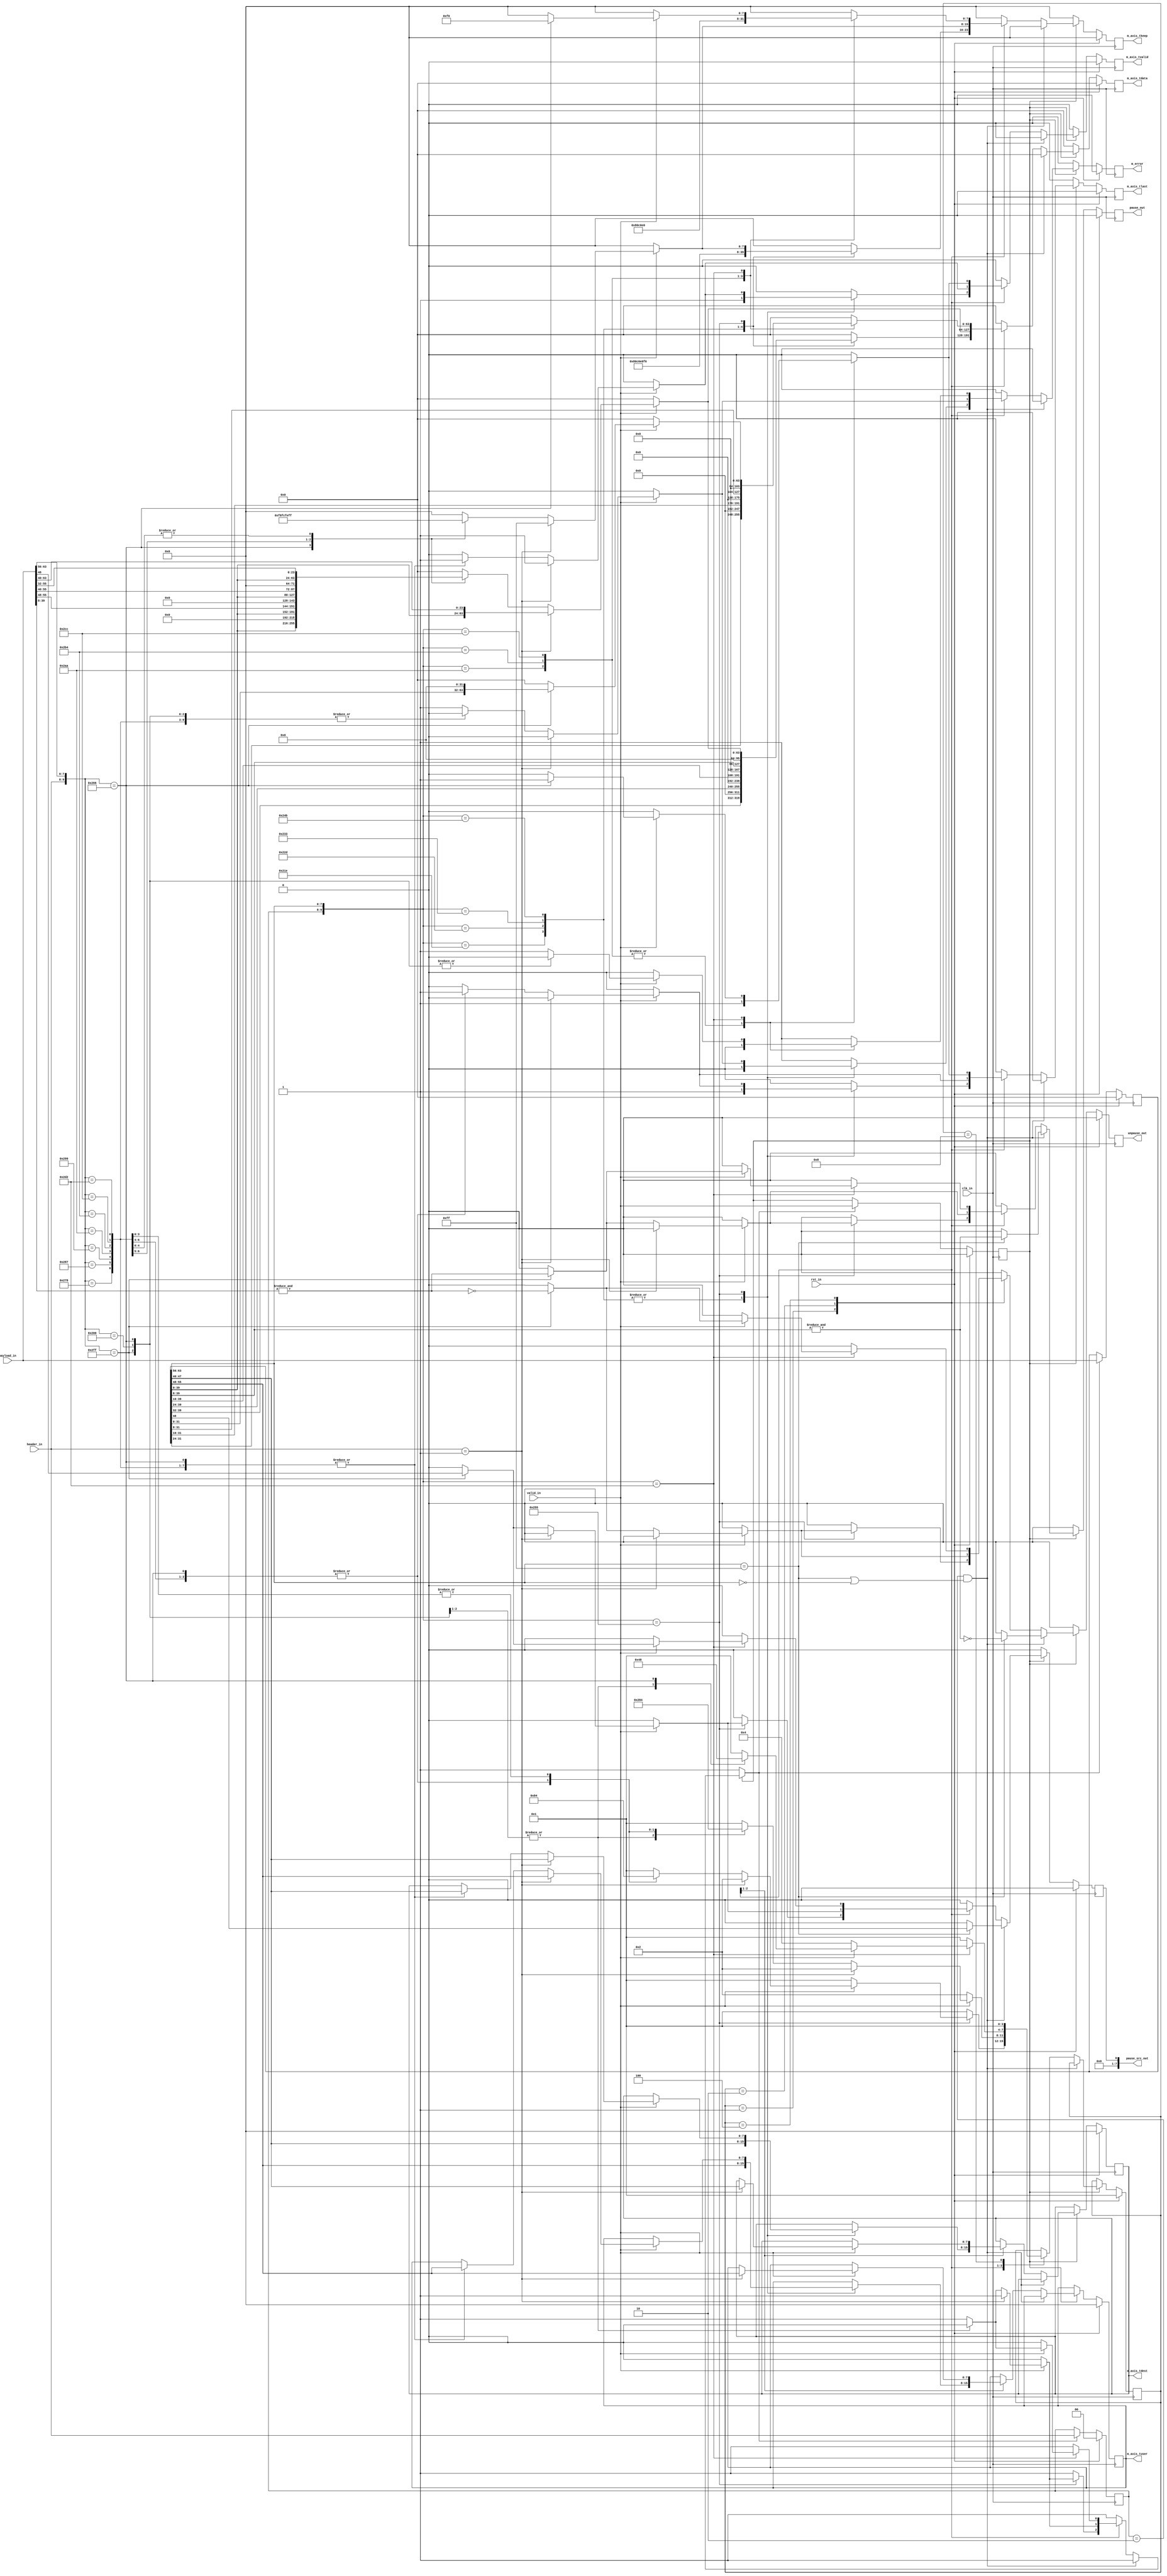
module payload_decoder(
    input             clk_in,
    input             rst_in,
    input      [63:0] payload_in,
    input       [1:0] header_in,
    input             valid_in,
    output     [63:0] m_axis_tdata,
    output      [7:0] m_axis_tkeep,
    output      [7:0] m_axis_tuser,
    output      [7:0] m_axis_tdest,
    output            m_axis_tlast,
    output            m_axis_tvalid,
    output            m_error,
    output            pause_out,
    output            unpause_out,
    output      [7:0] pause_src_out
);

    // Signals and parameters

    // Payload interface buffers
    reg [63:0] payload_reg;
    reg  [1:0] header_reg;
    reg        valid_reg;

    // User interface buffers
    reg [63:0] m_axis_tdata_reg;
    reg  [7:0] m_axis_tkeep_reg;
    reg  [7:0] m_axis_tuser_reg;
    reg  [7:0] m_axis_tdest_reg;
    reg        m_axis_tlast_reg;
    reg        m_axis_tvalid_reg;
    reg        m_error_reg;

    // Control interface buffers
    reg        pause_reg;
    reg        unpause_reg;
    reg        pause_src_reg;

    // User interface signals
    reg [63:0] m_axis_tdata_int;
    reg  [7:0] m_axis_tkeep_int;
    reg  [7:0] m_axis_tuser_int;
    reg  [7:0] m_axis_tdest_int;
    reg        m_axis_tlast_int;
    reg        m_axis_tvalid_int;
    reg        m_error_int;

    // Control interface signals
    reg        pause_int;
    reg        unpause_int;
    reg        pause_src_int;

    // Control signals
    reg        load_buf;

    // Encoding parameters
    localparam T_S1    = 8'h1e;
    localparam T_S2    = 8'h2d;
    localparam T_S3    = 8'h33;
    localparam T_S4    = 8'h4b;
    localparam T_S5    = 8'h55;
    localparam T_T0    = 8'h66;
    localparam T_T1    = 8'h78;
    localparam T_T2    = 8'h87;
    localparam T_T3    = 8'h99;
    localparam T_T4    = 8'haa;
    localparam T_T5    = 8'hb4;
    localparam T_T6    = 8'hcc;
    localparam T_T7    = 8'hd2;

    localparam T_IDLE  = 8'h00;
    localparam T_ERROR = 8'he1;
    localparam T_PAUSE = 8'hff;
    
    localparam H_DATA  = 2'b01;
    localparam H_CTRL  = 2'b10;
    
    // State parameters
    localparam START       = 4'b0001;
    localparam SEND_MIDDLE = 4'b0010;
    localparam SEND_LAST   = 4'b0100;
    localparam END         = 4'b1000;

    reg  [3:0] state;
    reg  [3:0] next_state;
    
    // Combinational logic

    // Assign outputs
    assign m_axis_tdata  = m_axis_tdata_reg;
    assign m_axis_tkeep  = m_axis_tkeep_reg;
    assign m_axis_tuser  = m_axis_tuser_reg;
    assign m_axis_tdest  = m_axis_tdest_reg;
    assign m_axis_tlast  = m_axis_tlast_reg;
    assign m_axis_tvalid = m_axis_tvalid_reg;
    assign m_error       = m_error_reg;
    assign pause_out     = pause_reg;
    assign unpause_out   = unpause_reg;
    assign pause_src_out = pause_src_reg;

    always @(*) begin
        // Defaults
        load_buf          = 1'b1;
        m_axis_tdata_int  = {64{1'b0}};
        m_axis_tkeep_int  = {8{1'b0}};
        m_axis_tuser_int  = m_axis_tuser_reg;
        m_axis_tdest_int  = m_axis_tdest_reg;
        m_axis_tlast_int  = 1'b0;
        m_axis_tvalid_int = 1'b0;
        m_error_int       = 1'b0;
        pause_int         = 1'b0;
        unpause_int       = 1'b0;
        pause_src_int     = {8{1'b0}};
        next_state        = state;
        
        // Logic
        if(valid_reg) begin
            if(header_reg == H_CTRL && (payload_reg[63:56] == T_PAUSE || payload_reg[63:56] == T_IDLE)) begin
                case(payload_reg[63:56])
                    T_PAUSE: begin
                        pause_int     = &payload_reg[39:8];
                        unpause_int   = !(&payload_reg[39:8]);
                        pause_src_int = payload_reg[55:48];
                    end
                    T_IDLE: begin
                        ; // defaults
                    end
                endcase
            end
            else begin
                case(state)
                    START: begin
                        case({header_reg,payload_reg[63:56]})
                            {H_CTRL,T_ERROR}: begin
                                m_error_int       = 1'b1;
                                next_state        = START;
                            end
                            {H_CTRL,T_S1}: begin
                                m_axis_tdata_int  = {payload_reg[39:32],{56{1'b0}}};
                                m_axis_tkeep_int  = 8'h80;
                                m_axis_tuser_int  = payload_reg[55:48];
                                m_axis_tdest_int  = payload_reg[47:40];
                                m_axis_tlast_int  = 1'b1;
                                m_axis_tvalid_int = 1'b1;
                                next_state        = START;
                            end
                            {H_CTRL,T_S2}: begin
                                m_axis_tdata_int  = {payload_reg[39:24],{48{1'b0}}};
                                m_axis_tkeep_int  = 8'hc0;
                                m_axis_tuser_int  = payload_reg[55:48];
                                m_axis_tdest_int  = payload_reg[47:40];
                                m_axis_tlast_int  = 1'b1;
                                m_axis_tvalid_int = 1'b1;
                                next_state        = START;
                            end
                            {H_CTRL,T_S3}: begin
                                m_axis_tdata_int  = {payload_reg[39:16],{40{1'b0}}};
                                m_axis_tkeep_int  = 8'he0;
                                m_axis_tuser_int  = payload_reg[55:48];
                                m_axis_tdest_int  = payload_reg[47:40];
                                m_axis_tlast_int  = 1'b1;
                                m_axis_tvalid_int = 1'b1;
                                next_state        = START;
                            end
                            {H_CTRL,T_S4}: begin
                                m_axis_tdata_int  = {payload_reg[39:8],{32{1'b0}}};
                                m_axis_tkeep_int  = 8'hf0;
                                m_axis_tuser_int  = payload_reg[55:48];
                                m_axis_tdest_int  = payload_reg[47:40];
                                m_axis_tlast_int  = 1'b1;
                                m_axis_tvalid_int = 1'b1;
                                next_state        = START;
                            end
                            {H_CTRL,T_S5}: begin
                                if(valid_in) begin
                                    if(header_in == H_DATA) begin
                                        m_axis_tdata_int  = {payload_reg[39:0],payload_in[63:40]};
                                        m_axis_tkeep_int  = 8'hff;
                                        m_axis_tuser_int  = payload_reg[55:48];
                                        m_axis_tdest_int  = payload_reg[47:40];
                                        m_axis_tlast_int  = 1'b0;
                                        m_axis_tvalid_int = 1'b1;
                                        next_state        = SEND_MIDDLE;
                                    end
                                    else begin
                                        case({header_in,payload_in[63:56]})
                                            {H_CTRL,T_ERROR}: begin
                                                m_error_int       = 1'b1;
                                                next_state        = START;
                                            end
                                            {H_CTRL,T_PAUSE}: begin
                                                load_buf          = 1'b0;
                                                pause_int         = &payload_in[39:8];
                                                unpause_int       = !(&payload_in[39:8]);
                                                pause_src_int     = payload_in[55:48];
                                                next_state        = START;
                                            end
                                            {H_CTRL,T_IDLE}: begin
                                                load_buf          = 1'b0;
                                                next_state        = START;
                                            end
                                            {H_CTRL,T_T0}: begin
                                                m_axis_tdata_int  = {payload_reg[39:0],{24{1'b0}}};
                                                m_axis_tkeep_int  = 8'hf8;
                                                m_axis_tuser_int  = payload_reg[55:48];
                                                m_axis_tdest_int  = payload_reg[47:40];
                                                m_axis_tlast_int  = 1'b1;
                                                m_axis_tvalid_int = 1'b1;
                                                next_state        = END;
                                            end
                                            {H_CTRL,T_T1}: begin
                                                m_axis_tdata_int  = {payload_reg[39:0],payload_in[55:48],{16{1'b0}}};
                                                m_axis_tkeep_int  = 8'hfc;
                                                m_axis_tuser_int  = payload_reg[55:48];
                                                m_axis_tdest_int  = payload_reg[47:40];
                                                m_axis_tlast_int  = 1'b1;
                                                m_axis_tvalid_int = 1'b1;
                                                next_state        = END;
                                            end
                                            {H_CTRL,T_T2}: begin
                                                m_axis_tdata_int  = {payload_reg[39:0],payload_in[55:40],{8{1'b0}}};
                                                m_axis_tkeep_int  = 8'hfe;
                                                m_axis_tuser_int  = payload_reg[55:48];
                                                m_axis_tdest_int  = payload_reg[47:40];
                                                m_axis_tlast_int  = 1'b1;
                                                m_axis_tvalid_int = 1'b1;
                                                next_state        = END;
                                            end
                                            {H_CTRL,T_T3}: begin
                                                m_axis_tdata_int  = {payload_reg[39:0],payload_in[55:32]};
                                                m_axis_tkeep_int  = 8'hff;
                                                m_axis_tuser_int  = payload_reg[55:48];
                                                m_axis_tdest_int  = payload_reg[47:40];
                                                m_axis_tlast_int  = 1'b1;
                                                m_axis_tvalid_int = 1'b1;
                                                next_state        = END;
                                            end
                                            {H_CTRL,T_T4}: begin
                                                m_axis_tdata_int  = {payload_reg[39:0],payload_in[55:32]};
                                                m_axis_tkeep_int  = 8'hff;
                                                m_axis_tuser_int  = payload_reg[55:48];
                                                m_axis_tdest_int  = payload_reg[47:40];
                                                m_axis_tlast_int  = 1'b0;
                                                m_axis_tvalid_int = 1'b1;
                                                next_state        = SEND_LAST;
                                            end
                                            {H_CTRL,T_T5}: begin
                                                m_axis_tdata_int  = {payload_reg[39:0],payload_in[55:32]};
                                                m_axis_tkeep_int  = 8'hff;
                                                m_axis_tuser_int  = payload_reg[55:48];
                                                m_axis_tdest_int  = payload_reg[47:40];
                                                m_axis_tlast_int  = 1'b0;
                                                m_axis_tvalid_int = 1'b1;
                                                next_state        = SEND_LAST;
                                            end
                                            {H_CTRL,T_T6}: begin
                                                m_axis_tdata_int  = {payload_reg[39:0],payload_in[55:32]};
                                                m_axis_tkeep_int  = 8'hff;
                                                m_axis_tuser_int  = payload_reg[55:48];
                                                m_axis_tdest_int  = payload_reg[47:40];
                                                m_axis_tlast_int  = 1'b0;
                                                m_axis_tvalid_int = 1'b1;
                                                next_state        = SEND_LAST;
                                            end
                                            {H_CTRL,T_T7}: begin
                                                m_axis_tdata_int  = {payload_reg[39:0],payload_in[55:32]};
                                                m_axis_tkeep_int  = 8'hff;
                                                m_axis_tuser_int  = payload_reg[55:48];
                                                m_axis_tdest_int  = payload_reg[47:40];
                                                m_axis_tlast_int  = 1'b0;
                                                m_axis_tvalid_int = 1'b1;
                                                next_state        = SEND_LAST;
                                            end
                                            default: begin
                                                m_error_int = 1'b1;
                                                next_state  = START;
                                            end
                                        endcase
                                    end
                                end
                                else begin
                                    load_buf   = 1'b0;
                                    next_state = START;
                                end
                            end
                            default: begin
                                m_error_int = 1'b1;
                                next_state  = START;
                            end
                        endcase
                    end
                    SEND_MIDDLE: begin
                        if(valid_in) begin
                            if(header_in == H_DATA) begin
                                m_axis_tdata_int  = {payload_reg[39:0],payload_in[63:40]};
                                m_axis_tkeep_int  = 8'hff;
                                m_axis_tuser_int  = payload_reg[55:48];
                                m_axis_tdest_int  = payload_reg[47:40];
                                m_axis_tlast_int  = 1'b0;
                                m_axis_tvalid_int = 1'b1;
                                next_state        = SEND_MIDDLE;
                            end
                            else begin
                                case({header_in,payload_in[63:56]})
                                    {H_CTRL,T_ERROR}: begin
                                        m_error_int       = 1'b1;
                                        next_state        = START;
                                    end
                                    {H_CTRL,T_PAUSE}: begin
                                        load_buf          = 1'b0;
                                        pause_int         = &payload_in[39:8];
                                        unpause_int       = !(&payload_in[39:8]);
                                        pause_src_int     = payload_in[55:48];
                                        next_state        = SEND_MIDDLE;
                                    end
                                    {H_CTRL,T_IDLE}: begin
                                        load_buf          = 1'b0;
                                        next_state        = SEND_MIDDLE;
                                    end
                                    {H_CTRL,T_T0}: begin
                                        m_axis_tdata_int  = {payload_reg[39:0],{24{1'b0}}};
                                        m_axis_tkeep_int  = 8'hf8;
                                        m_axis_tlast_int  = 1'b1;
                                        m_axis_tvalid_int = 1'b1;
                                        next_state        = END;
                                    end
                                    {H_CTRL,T_T1}: begin
                                        m_axis_tdata_int  = {payload_reg[39:0],payload_in[55:48],{16{1'b0}}};
                                        m_axis_tkeep_int  = 8'hfc;
                                        m_axis_tlast_int  = 1'b1;
                                        m_axis_tvalid_int = 1'b1;
                                        next_state        = END;
                                    end
                                    {H_CTRL,T_T2}: begin
                                        m_axis_tdata_int  = {payload_reg[39:0],payload_in[55:40],{8{1'b0}}};
                                        m_axis_tkeep_int  = 8'hfe;
                                        m_axis_tlast_int  = 1'b1;
                                        m_axis_tvalid_int = 1'b1;
                                        next_state        = END;
                                    end
                                    {H_CTRL,T_T3}: begin
                                        m_axis_tdata_int  = {payload_reg[39:0],payload_in[55:32]};
                                        m_axis_tkeep_int  = 8'hff;
                                        m_axis_tlast_int  = 1'b1;
                                        m_axis_tvalid_int = 1'b1;
                                        next_state        = END;
                                    end
                                    {H_CTRL,T_T4}: begin
                                        m_axis_tdata_int  = {payload_reg[39:0],payload_in[55:32]};
                                        m_axis_tkeep_int  = 8'hff;
                                        m_axis_tlast_int  = 1'b0;
                                        m_axis_tvalid_int = 1'b1;
                                        next_state        = SEND_LAST;
                                    end
                                    {H_CTRL,T_T5}: begin
                                        m_axis_tdata_int  = {payload_reg[39:0],payload_in[55:32]};
                                        m_axis_tkeep_int  = 8'hff;
                                        m_axis_tlast_int  = 1'b0;
                                        m_axis_tvalid_int = 1'b1;
                                        next_state        = SEND_LAST;
                                    end
                                    {H_CTRL,T_T6}: begin
                                        m_axis_tdata_int  = {payload_reg[39:0],payload_in[55:32]};
                                        m_axis_tkeep_int  = 8'hff;
                                        m_axis_tlast_int  = 1'b0;
                                        m_axis_tvalid_int = 1'b1;
                                        next_state        = SEND_LAST;
                                    end
                                    {H_CTRL,T_T7}: begin
                                        m_axis_tdata_int  = {payload_reg[39:0],payload_in[55:32]};
                                        m_axis_tkeep_int  = 8'hff;
                                        m_axis_tlast_int  = 1'b0;
                                        m_axis_tvalid_int = 1'b1;
                                        next_state        = SEND_LAST;
                                    end
                                    default: begin
                                        m_error_int = 1'b1;
                                        next_state  = START;
                                    end
                                endcase
                            end
                        end
                        else begin
                            load_buf   = 1'b0;
                            next_state = SEND_MIDDLE;
                        end
                    end
                    SEND_LAST: begin
                        case({header_reg,payload_reg[63:56]})
                            {H_CTRL,T_T4}: begin
                                m_axis_tdata_int  = {payload_reg[31:24],{56{1'b0}}};
                                m_axis_tkeep_int  = 8'h80;
                                m_axis_tlast_int  = 1'b1;
                                m_axis_tvalid_int = 1'b1;
                                next_state        = START;
                            end
                            {H_CTRL,T_T5}: begin
                                m_axis_tdata_int  = {payload_reg[31:16],{48{1'b0}}};
                                m_axis_tkeep_int  = 8'hc0;
                                m_axis_tlast_int  = 1'b1;
                                m_axis_tvalid_int = 1'b1;
                                next_state        = START;
                            end
                            {H_CTRL,T_T6}: begin
                                m_axis_tdata_int  = {payload_reg[31:8],{40{1'b0}}};
                                m_axis_tkeep_int  = 8'he0;
                                m_axis_tlast_int  = 1'b1;
                                m_axis_tvalid_int = 1'b1;
                                next_state        = START;
                            end
                            {H_CTRL,T_T7}: begin
                                if(valid_in) begin
                                    case({header_in,payload_in[63:56]})
                                        {H_CTRL,T_ERROR}: begin
                                            m_error_int       = 1'b1;
                                            next_state        = START;
                                        end
                                        {H_CTRL,T_PAUSE}: begin
                                            load_buf          = 1'b0;
                                            pause_int         = &payload_in[39:8];
                                            unpause_int       = !(&payload_in[39:8]);
                                            pause_src_int     = payload_in[55:48];
                                            next_state        = SEND_LAST;
                                        end
                                        {H_CTRL,T_IDLE}: begin
                                            load_buf          = 1'b0;
                                            next_state        = SEND_LAST;
                                        end
                                        {H_CTRL,T_T0}: begin
                                            m_axis_tdata_int  = {payload_reg[31:0],{32{1'b0}}};
                                            m_axis_tkeep_int  = 8'hf0;
                                            m_axis_tlast_int  = 1'b1;
                                            m_axis_tvalid_int = 1'b1;
                                            next_state        = END;
                                        end
                                        default: begin
                                            m_error_int = 1'b1;
                                            next_state  = START;
                                        end
                                    endcase
                                end
                                else begin
                                    load_buf   = 1'b0;
                                    next_state = SEND_LAST;
                                end
                            end
                            default: begin
                                m_error_int = 1'b1;
                                next_state  = START;
                            end
                        endcase
                    end
                    END: begin
                        m_axis_tvalid_int = 1'b0;
                        next_state        = START;
                    end
                endcase
            end
        end
    end

    // Sequential logic

    // User interface buffers
    always @(posedge clk_in) begin
        if(rst_in) begin
            m_axis_tdata_reg  <= {64{1'b0}};
            m_axis_tkeep_reg  <= {8{1'b0}};
            m_axis_tuser_reg  <= {8{1'b0}};
            m_axis_tdest_reg  <= {8{1'b0}};
            m_axis_tlast_reg  <= {8{1'b0}};
            m_axis_tvalid_reg <= 1'b0;
            m_error_reg       <= 1'b0;
        end
        else begin
            m_axis_tdata_reg  <= m_axis_tdata_int;
            m_axis_tkeep_reg  <= m_axis_tkeep_int;
            m_axis_tuser_reg  <= m_axis_tuser_int;
            m_axis_tdest_reg  <= m_axis_tdest_int;
            m_axis_tlast_reg  <= m_axis_tlast_int;
            m_axis_tvalid_reg <= m_axis_tvalid_int;
            m_error_reg       <= m_error_int;
        end
    end

    // Payload buffers
    always @(posedge clk_in) begin
        if(rst_in) begin
            payload_reg <= {64{1'b0}};
            header_reg  <= {2{1'b0}};
            valid_reg   <= 1'b0;
        end
        else if(load_buf) begin
            payload_reg <= payload_in;
            header_reg  <= header_in;
            valid_reg   <= valid_in;
        end
    end

    // Control buffers
    always @(posedge clk_in) begin
        if(rst_in) begin
            pause_reg     <= 1'b0;
            unpause_reg   <= 1'b0;
            pause_src_reg <= {8{1'b0}};
        end
        else begin
            pause_reg     <= pause_int;
            unpause_reg   <= unpause_int;
            pause_src_reg <= pause_src_int;
        end
    end

    // State logic
    always @(posedge clk_in) begin
        if(rst_in) state <= START;
        else       state <= next_state;
    end

endmodule